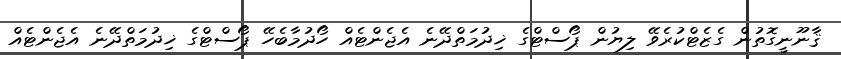
ޤާނޫނީގޮތުން ގެޒެޓްކުރެވޭ ލިޔުން ޕޯސްޓްގެ ޚިދުމަތްދޭނެ އެޖެންޓެއް ހޯދުމާބެހޭ ޕޯސްޓްގެ ޚިދުމަތްދޭނެ އެޖެންޓެއް